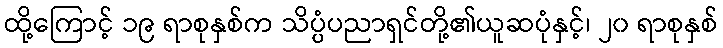
ထို့ကြောင့် ၁၉ ရာစုနှစ်က သိပ္ပံပညာရှင်တို့၏ယူဆပုံနှင့်၊ ၂၀ ရာစုနှစ်